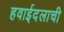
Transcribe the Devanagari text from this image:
हवाईदलाची